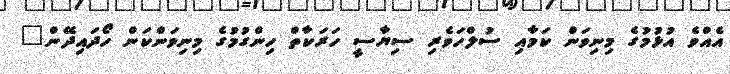
އެއްވެ އުޅުމުގެ މިނިވަން ކަމާއި ސުލްހަވެރި ސިޔާސީ ހަރަކާތް ހިންގުމުގެ މިނިވަންކަން ހޯދައިދޭން"